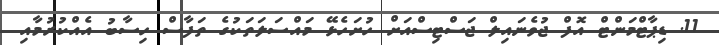
11. ޑިޕާޓްމަންޓް އޮފް ޖުވެނައިލް ޖަސްޓިސްއަށް ހުށަހެޅޭ މައްސަލަތަކުގެ ތަފާސް ހިސާބު އެއްކުރުމާއި